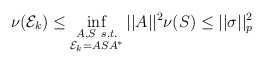
\begin{align*} \nu(\mathcal{E}_k) \leq \inf_{\substack{A, S \ s.t. \\ \mathcal{E}_k = ASA^*}}||A||^2\nu(S) \leq ||\sigma||_p^2\end{align*}